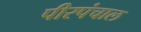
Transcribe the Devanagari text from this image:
पीरपंचाल